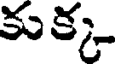
కుక్క